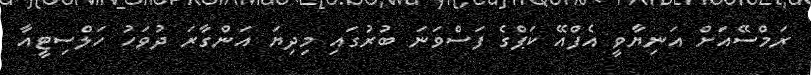
ރަމްސޭއަށް އަނިޔާވީ އެފްއޭ ކަޕްގެ ފަސްވަނަ ބުރުގައި މިދިޔަ އަންގާރަ ދުވަހު ހަލްސިޓީއާ